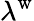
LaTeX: \lambda^{\mathrm{w}}